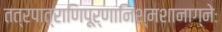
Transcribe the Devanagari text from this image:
तत्रपात्राणिपूर्णानिश्मशानाग्नेः